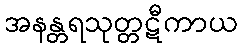
အနန္တရသုတ္တဋီကာယ